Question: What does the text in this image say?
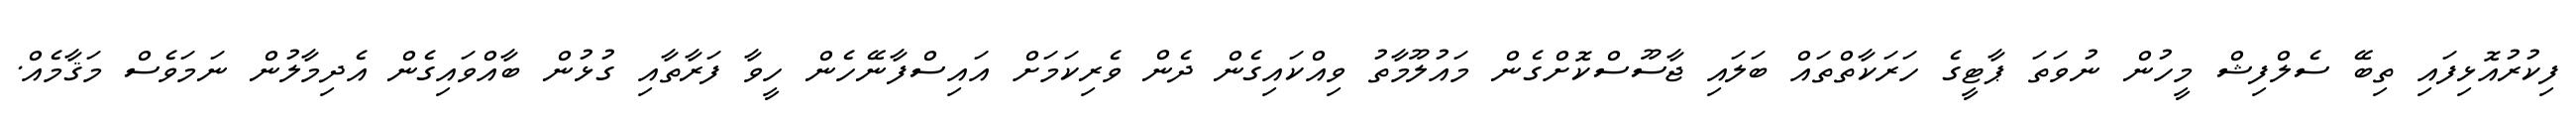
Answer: ފިކުރުއޮޅިފައި ތިބޭ ސެލްފިޝް މީހުން ނުވަތަ ޕާޓީގެ ހަރަކާތްތައް ބަލައި ޖާސޫސްކޮށްގެން މައުލޫމާތު ވިއްކައިގެން ދެން ވެރިކަމަށް އައިސްފާނޭހެން ހީވާ ފަރާތާއި ގުޅުން ބާއްވައިގެން އެދިމާލުން ނަމަވެސް މަޤާމެއް.